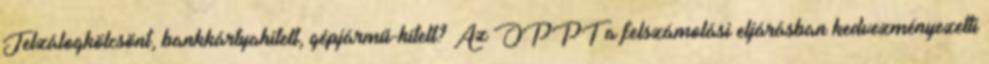
Jelzálogkölcsönt, bankkártyahitelt, gépjármű-hitelt? Az OPPT a felszámolási eljárásban kedvezményezetti